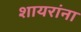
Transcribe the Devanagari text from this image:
शायरांना